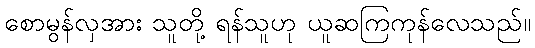
စောမွန်လှအား သူတို့ ရန်သူဟု ယူဆကြကုန်လေသည်။